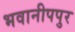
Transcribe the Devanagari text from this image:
भवानीपपुर